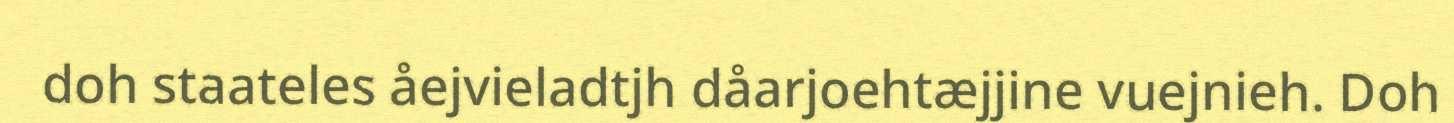
doh staateles åejvieladtjh dåarjoehtæjjine vuejnieh. Doh